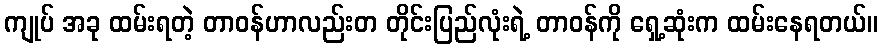
ကျုပ် အခု ထမ်းရတဲ့ တာဝန်ဟာလည်းတ တိုင်းပြည်လုံးရဲ့ တာဝန်ကို ရှေ့ဆုံးက ထမ်းနေရတယ်။